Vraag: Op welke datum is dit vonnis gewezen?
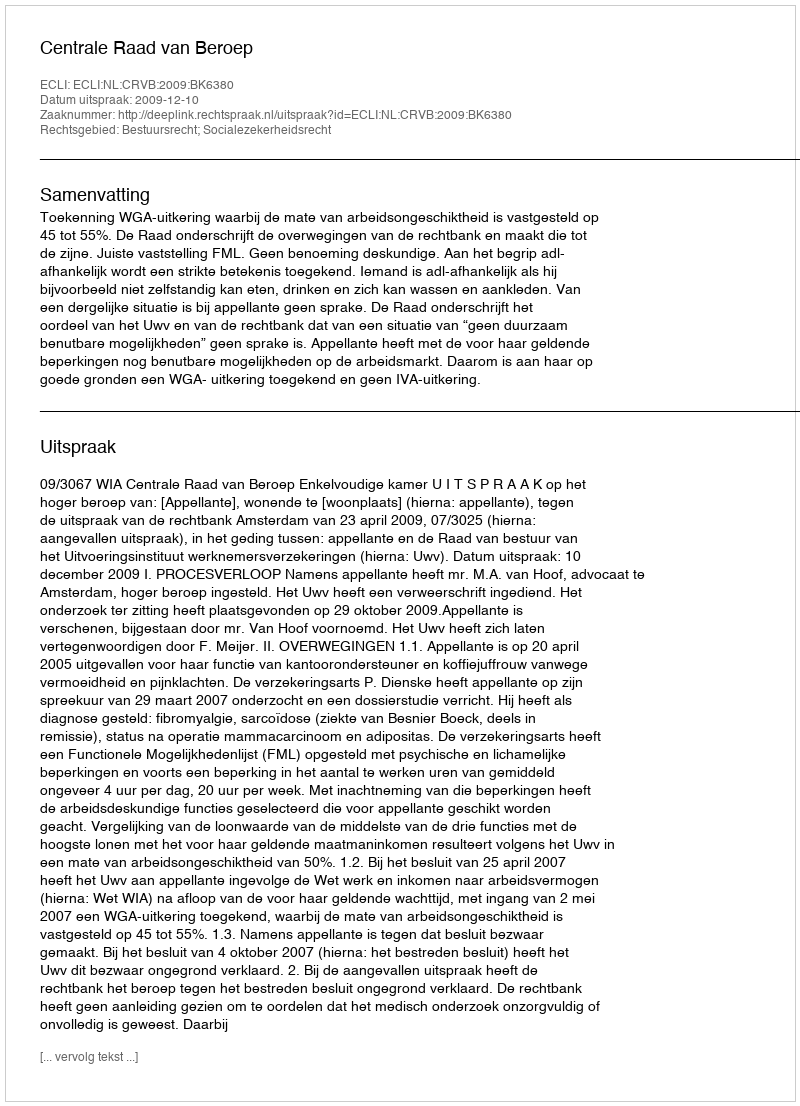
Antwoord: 2009-12-10